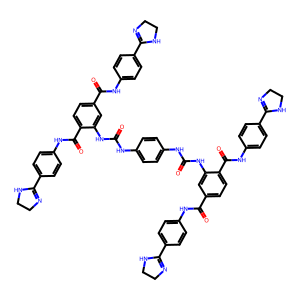
SMILES: O=C(Nc1ccc(NC(=O)Nc2cc(C(=O)Nc3ccc(C4=NCCN4)cc3)ccc2C(=O)Nc2ccc(C3=NCCN3)cc2)cc1)Nc1cc(C(=O)Nc2ccc(C3=NCCN3)cc2)ccc1C(=O)Nc1ccc(C2=NCCN2)cc1
Inhibits HIV replication: Yes